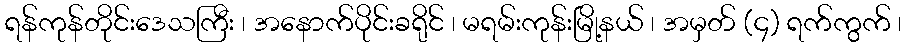
ရန်ကုန်တိုင်းဒေသကြီး ၊ အနောက်ပိုင်းခရိုင် ၊ မရမ်းကုန်းမြို့နယ် ၊ အမှတ် (၄) ရက်ကွက် ၊